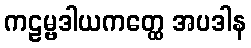
ကဠမ္ဗဒါယကတ္ထေ အပဒါန